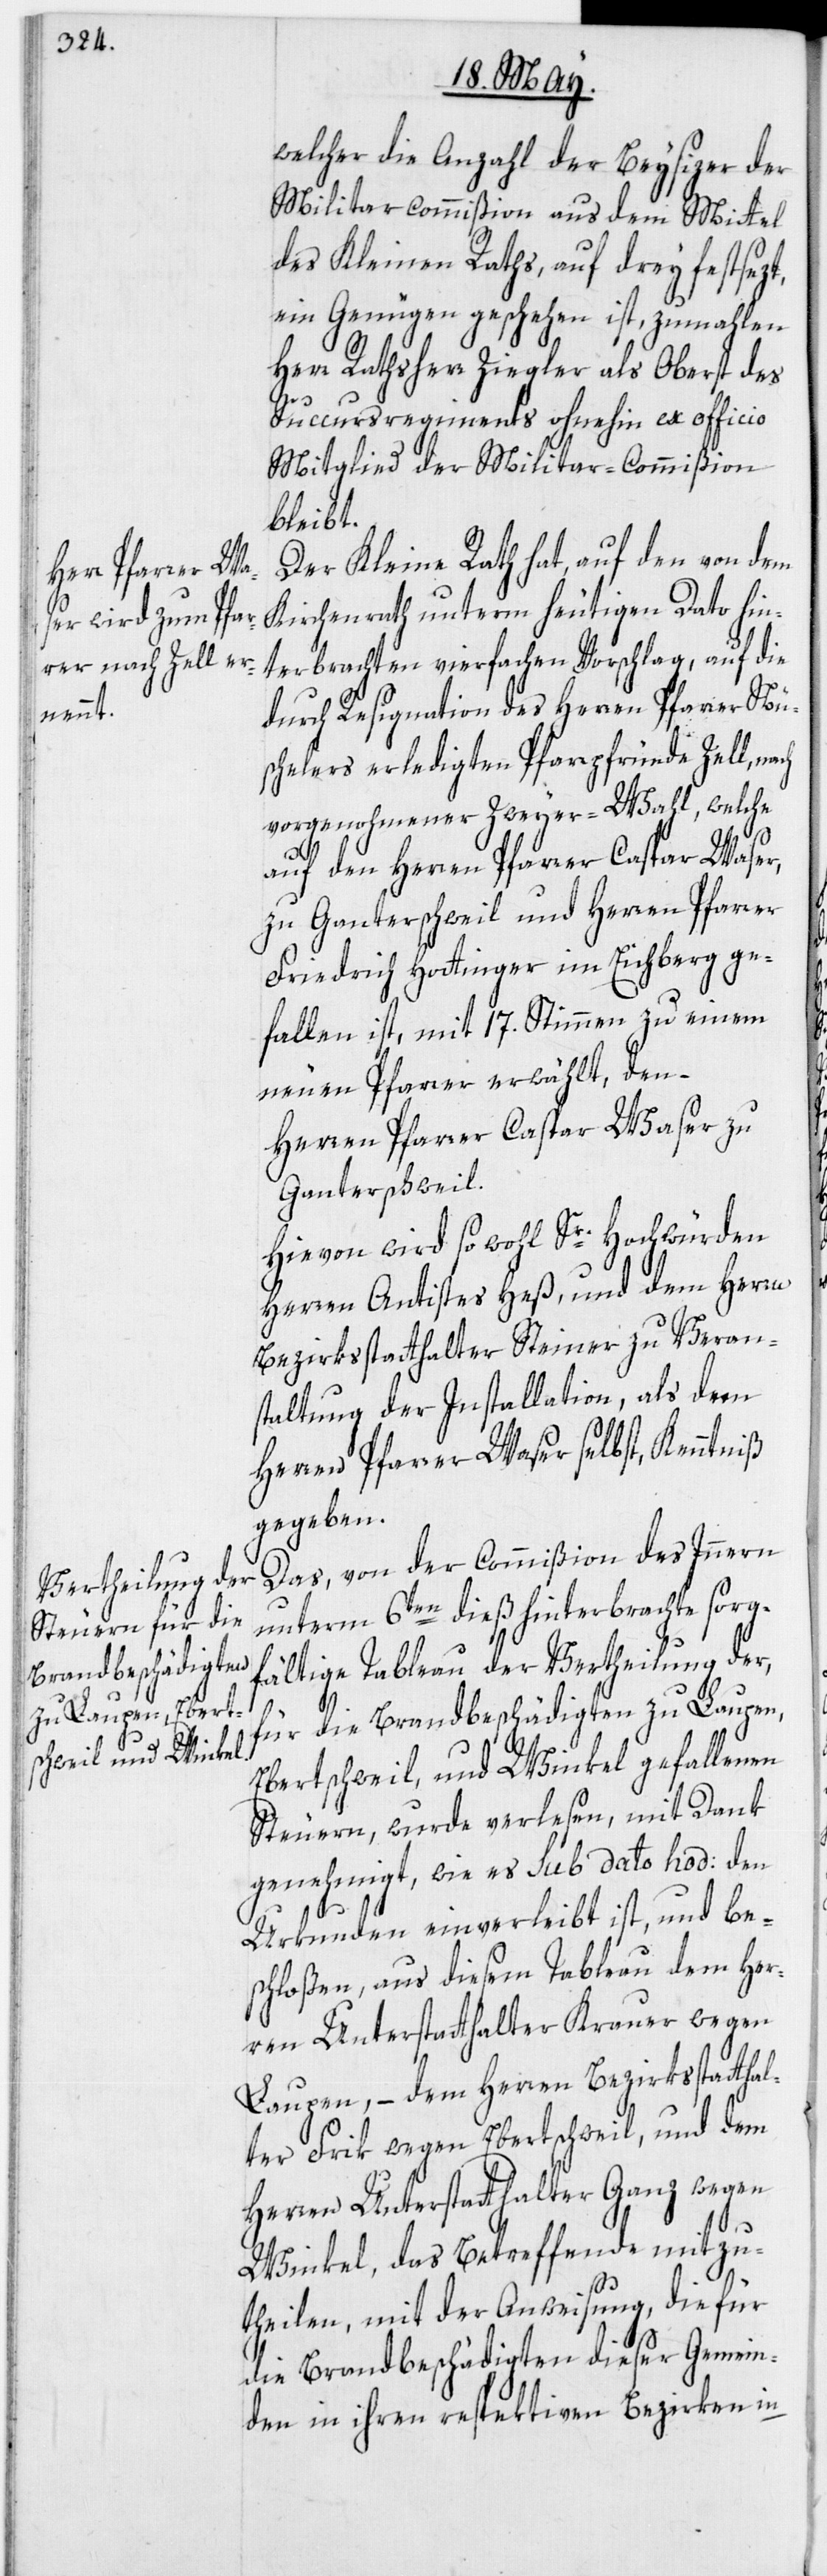
welcher die Anzahl der Beysizer der
Militarcommißion aus dem Mittel
des Kleinen Raths, auf drey festsezt,
ein Genügen geschehen ist, zumahlen
Herr Rathsherr Ziegler als Oberst des
Succursregiments ohnehin ex officio
Mitglied der Militar-Commißion
bleibt.
Der Kleine Rath hat, auf den von dem
Kirchenrath unterm heutigen Dato hin¬
terbrachten vierfachen Vorschlag, auf die
durch Resignation des Herren Pfarrer Nü¬
schelers erledigten Pfarrpfründe Zell,
vorgenohmener Zweyer-Wahl, welche
auf den Herren Pfarrer Caspar Waser,
zu Ganterschweil und Herren Pfarrer
Friedrich Hottinger im Eichberg ge¬
fallen ist, mit 17. Stimmen zu einem
neuen Pfarrer erwählt, den –
Herren Pfarrer Caspar Waser zu
Ganterschweil.
Hievon wird sowohl Sr. Hochwürden
Herren Antistes Heß, und dem Herrn
Bezirksstatthalter Steiner zu Veran¬
staltung der Installation, als dem
Herren Pfarrer Waser selbst, Kenntniß
gegeben.
Das, von der Commißion des Innern
unterm 6ten dieß hinterbrachte sorg¬
fältige Tableau der Vertheilung der,
für die Brandbeschädigten zu Laupen,
Ebertschweil, und Winkel gefallenen
Steuern, wurde verlesen, mit Dank
genehmigt, wie es sub dato hod: den
Urkunden einverleibt ist, und be¬
schloßen, aus diesem Tableau dem Her¬
ren Unterstatthalter Krauer wegen
Laupen, – dem Herren Bezirksstatthal¬
ter Frik wegen Ebertschweil, und dem
Herren Unterstatthalter Ganz wegen
Winkel, das Betreffende mitzu¬
theilen, mit der Anweisung, die für
die Brandbeschädigten dieser Gemein¬
den in ihren respektiven Bezirken in